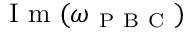
\mathrm { ~ I ~ m ~ } ( \omega _ { \mathrm { ~ P ~ B ~ C ~ } } )